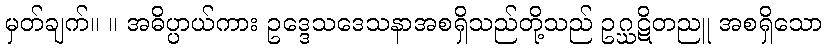
မှတ်ချက်။ ။ အဓိပ္ပာယ်ကား ဥဒ္ဒေသဒေသနာအစရှိသည်တို့သည် ဥဂ္ဃဋိတညူ အစရှိသော